Assam Mental Hospital (Tezpur, India) - 1933-1948
Year: 1933
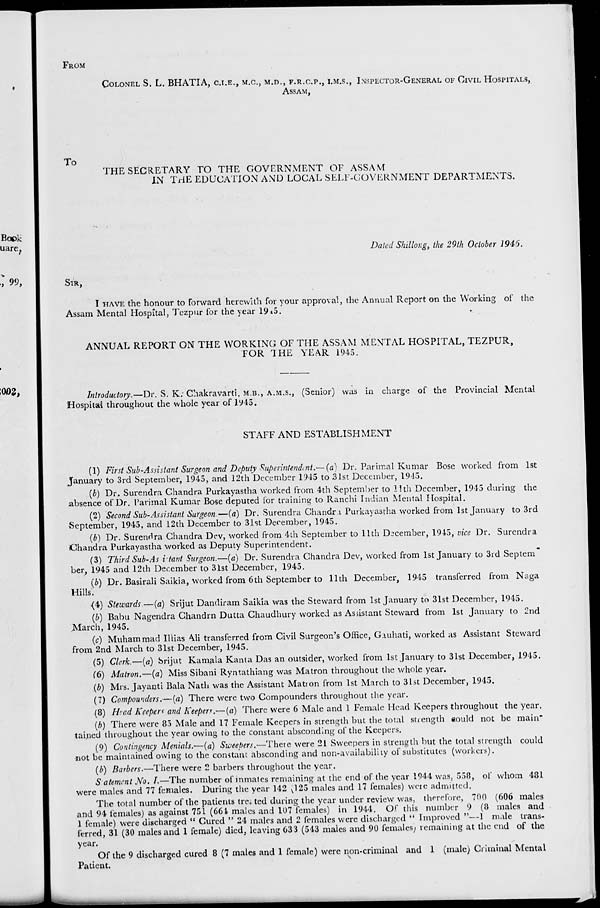
FROM
COLONEL S. L. BHATIA, C.I.E., M.C., M.D., F.R.C.P., I.M.S., INSPECTOR-GENERAL OF CIVIL HOSPITALS,
ASSAM,
TO
THE SECRETARY TO THE GOVERNMENT OF ASSAM
IN THE EDUCATION AND LOCAL SELF-GOVERNMENT DEPARTMENTS.
Dated Shillong, the 29th October 1946.
SIR,
I HAVE the honour to forward herewith for your approval, the Annual Report on the Working of the
Assam Mental Hospital, Tezpur for the year 1945.
ANNUAL REPORT ON THE WORKING OF THE ASSAM MENTAL HOSPITAL, TEZPUR,
FOR THE YEAR 1945.
Introductory.—Dr. S. K. Chakravarti, M.B., A.M.S., (Senior) was in charge of the Provincial Mental
Hospital throughout the whole year of 1945.
STAFF AND ESTABLISHMENT
(1) First Sub-Assistant Surgeon and Deputy Superintendent.—(a) Dr. Parimal Kumar Bose worked from 1st
January to 3rd September, 1945, and 12th December 1945 to 31st December, 1945.
(b) Dr. Surendra Chandra Purkayastha worked from 4th September to 11th December, 1945 during the
absence of Dr. Parimal Kumar Bose deputed for training to Ranchi Indian Mental Hospital.
(2) Second Sub-Assistant Surgeon.—(a) Dr. Surendra Chandra Purkayastha worked from 1st January to 3rd
September, 1945, and 12th December to 31st December, 1945.
(b) Dr. Surendra Chandra Dev, worked from 4th September to 11th December, 1945, vice Dr. Surendra
Chandra Purkayastha worked as Deputy Superintendent.
(3) Third Sub-Assistant Surgeon.—(a) Dr. Surendra Chandra Dev, worked from 1st January to 3rd Septem
ber, 1945 and 12th December to 31st December, 1945.
(b) Dr. Basirali Saikia, worked from 6th September to 11th December, 1945 transferred from Naga
Hills.
(4) Stewards.—(a) Srijut Dandiram Saikia was the Steward from 1st January to 31st December, 1945.
(b) Babu Nagendra Chandrn Dutta Chaudhury worked as Assistant Steward from 1st January to 2nd
March, 1945.
(c) Muhammad Illias Ali transferred from Civil Surgeon's Office, Gauhati, worked as Assistant Steward
from 2nd March to 31st December, 1945.
(5) Clerk.—(a) Srijut Kamala Kanta Das an outsider, worked from 1st January to 31st December, 1945.
(6) Matron.—(a) Miss Sibani Ryntathiang was Matron throughout the whole year.
(b) Mrs. Jayanti Bala Nath was the Assistant Matron from 1st March to 31st December, 1945.
(7) Compounders.—(a) There were two Compounders throughout the year.
(8) Head Keepers and Keepers.—(a) There were 6 Male and 1 Female Head Keepers throughout the year.
(b) There were 85 Male and 17 Female Keepers in strength but the total strength could not be main-
tained throughout the year owing to the constant absconding of the Keepers.
(9) Contingency Menials.—(a) Sweepers.—There were 21 Sweepers in strength but the total strength could
not be maintained owing to the constant absconding and non-availability of substitutes (workers).
(b) Barbers.—There were 2 barbers throughout the year.
Statement No. I.—The number of inmates remaining at the end of the year 1944 was, 558, of whom 481
were males and 77 females. During the year 142 (125 males and 17 females) were admitted.
The total number of the patients treated during the year under review was, therefore, 700 (606 males
and 94 females) as against 751 (664 males and 107 females) in 1944. Of this number 9 (8 males and
1 female) were discharged " Cured " 24 males and 2 females were discharged " Improved "—1 male trans-
ferred, 31 (30 males and 1 female) died, leaving 633 (543 males and 90 females) remaining at the end of the
year.
Of the 9 discharged cured 8 (7 males and 1 female) were non-criminal and 1 (male) Criminal Mental
Patient.